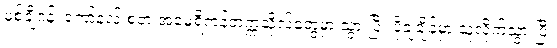
မစ်ချီဂန်၊ ကော်နဲလ် စတဲ့ အမေရိကန်တက္ကသိုလ်တွေမှာ သွားပြီး ပို့ချချိန်မှာ သူလိုက်သွားပြီး